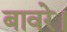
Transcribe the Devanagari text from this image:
बावरे।